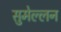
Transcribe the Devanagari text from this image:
सुमेल्लन